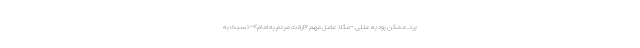
برد. ممکن بود به عللی -مثلا عامل مهم «ارادت مردم به امام»-نسبت به